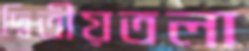
দ্বিতীয়তলা